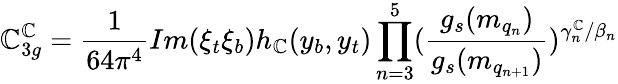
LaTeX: \mathbb{C}_{3g}^{\mathbb{C}}=\frac{{1}}{{64\pi^{4}}}Im(\xi_{t}\xi_{b})h_{\mathbb{C}}(y_{b},y_{t})\prod_{n=3}^{5}(\frac{{g_{s}(m_{q_{n}})}}{{g_{s}(m_{q_{n+1}})}})^{\gamma_{n}^{\mathbb{C}}/\beta_{n}}